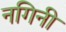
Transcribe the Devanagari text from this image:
नगिनी